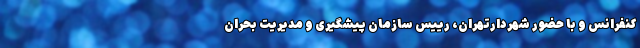
کنفرانس و با حضور شهردارتهران، رییس سازمان پیشگیری و مدیریت بحران